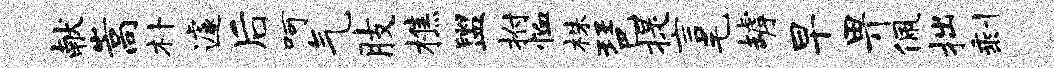
献嵩朴遽后呵气肢樵盥拊恤株琶提言毛罅早畀佩拙剩